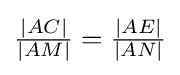
{\tfrac {|AC|}{|AM|}}={\tfrac {|AE|}{|AN|}}